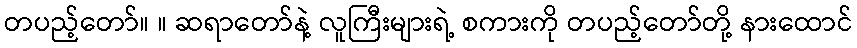
တပည့်တော်။ ။ ဆရာတော်နဲ့ လူကြီးများရဲ့ စကားကို တပည့်တော်တို့ နားထောင်